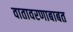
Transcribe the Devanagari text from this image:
वातावरणाबाबत